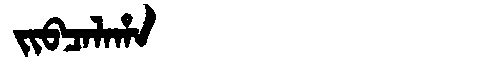
Manchu: ᠵᡳᠪᠴᠠᠯᠠᡥᠠ
Romanization: JIBCALAHA